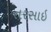
તરસાઇ